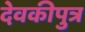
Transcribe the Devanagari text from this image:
देवकीपुत्र